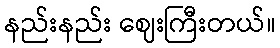
နည်းနည်း ဈေးကြီးတယ်။